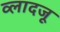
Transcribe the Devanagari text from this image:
व्लादजू